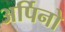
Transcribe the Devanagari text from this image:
अर्पिनो